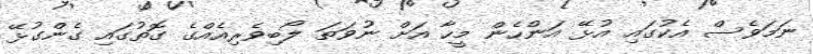
ނަމަވެސް އެކުގައި އުޅޭ އަންހެން މީހާ އަށް ނުވަތަ ލޯބިވެރިއެއްގެ ގޮތުގައި ގެންގުޅޭ